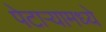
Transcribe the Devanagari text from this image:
पेटाऱ्यामध्ये